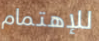
للإهتمام